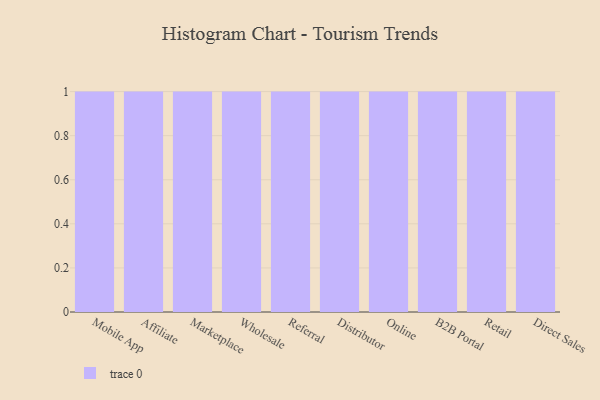
{"axis": {"x": "Channel", "y": "Temperature (°C)"}, "legend": [""], "data": [{"x": "Mobile App", "y": 19, "type": ""}, {"x": "Affiliate", "y": 76, "type": ""}, {"x": "Marketplace", "y": 95, "type": ""}, {"x": "Wholesale", "y": 98, "type": ""}, {"x": "Referral", "y": 73, "type": ""}, {"x": "Distributor", "y": 37, "type": ""}, {"x": "Online", "y": 48, "type": ""}, {"x": "B2B Portal", "y": 78, "type": ""}, {"x": "Retail", "y": 56, "type": ""}, {"x": "Direct Sales", "y": 87, "type": ""}]}